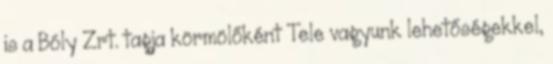
is a Bóly Zrt. tagja körmölőként Tele vagyunk lehetőségekkel,